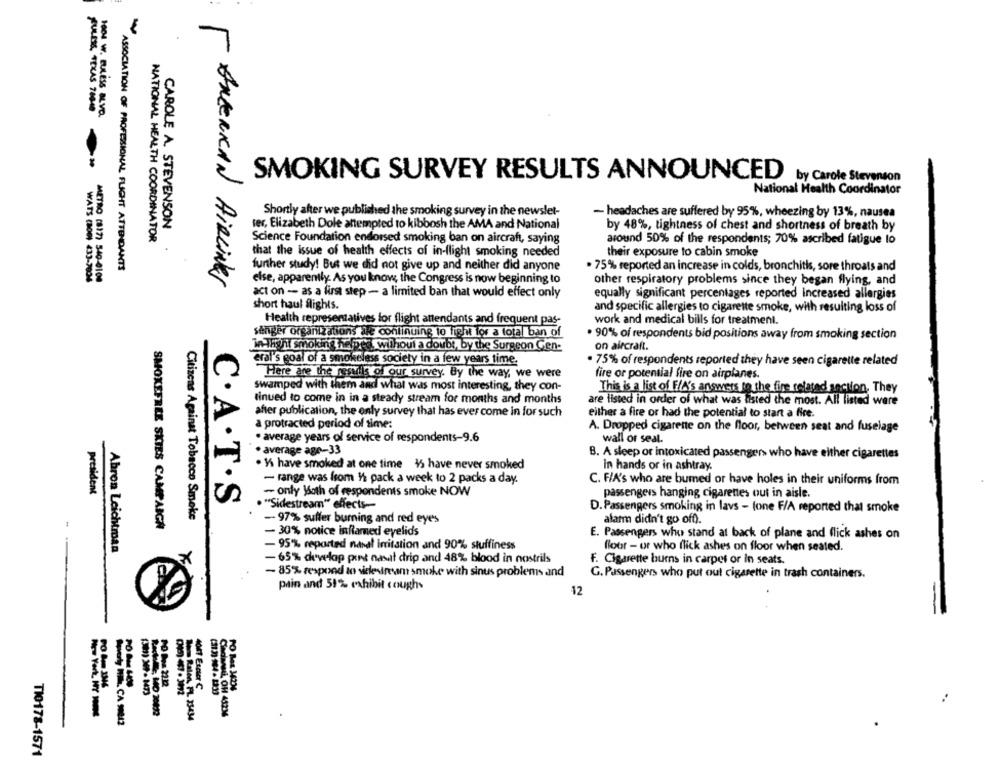
EULESS, TEXAS 789-48
1004 W. BULESS BLVD.
SMOKING SURVEY RESULTS ANNOUNCED
by Carole Stevenson
National Health Coordinator
Shortly after we published the smoking survey in the newslet-
- headaches are suffered by 95%, wheezing by 13%, nausea
CAROLE A. STEVENSON
ter, Elizabeth Dole attempted to kibbosh the AMA and National
by 48%, tightness of chest and shortness of breath by
NATIONAL HEALTH COORDINATOR
Science Foundation endorsed smoking ban on aircraft, saying
around 50% of the respondents; 70% ascribed fatigue to
that the issue of health effects of in-flight smoking needed
their exposure to cabin smoke
ASSOCIATION OF PROFESSIONAL FLIGHT ATTENDANTS
further study! But we did not give up and neither did anyone
. 75% reported an increase in colds, bronchitis, sore throats and
WATS (800) 433-7004
METRO (8)7) 540-0100
[ ANGERKAN AIRLINES
else, apparently. As you know, the Congress is now beginning to
other respiratory problems since they began flying, and
act on - as a first step - a limited ban that would effect only
equally significant percentages reported increased allergies
short haul flights.
and specific allergies to cigarette smoke, with resulting loss of
Health representatives for flight attendants and frequent pas-
work and medical bills for treatment.
sänger organizations ile continuing to fight for a total ban of
. 90% of respondents bid positions away from smoking section
on aircraft.
in-Monit smoking helped, without a doubt, by the Surgeon Gen-
eral's goal of a smokeless society in a few years time.
. 75% of respondents reported they have seen cigarette related
Here are the results of our survey. By the way, we were
fire or potential fire on airplanes.
swamped with them and what was most interesting, they con-
This is a list of F/A's answers to the fire related section, They
tinued to come in in a steady stream for months and months
are listed in order of what was tisted the most. All listed were
after publication, the only survey that has ever come in for such
either a fire or had the potential to start a fire.
a protracted period of time:
A. Dropped cigarette on the floor, between seat and fuselage
· average years of service of respondents-9.6
wall of seal.
· average age-33
B. A sleep or intoxicated passenger> who have either cigarettes
. I have smoked at one time 15 have never smoked
In hands or in ashtray.
- range was from 1 pack a week to 2 packs a day.
C. F/A's who are burned or have holes in their uniforms from
president
- only Both of respondents smoke NOW
passengers hanging cigarettes out in aisle.
C. A . T . S
. "Sidestream" effects-
D. Passengers smoking in lavs - fone F/A reported that smoke
Citizens Against Tobacco Smoke
-97% suffer burning and red eyes
alarm didn't go off).
SMOKEFREE SKIES CAMPAIGN
- 30% notice inflamed eyelids
E. Passengers who stand at back of plane and flick ashes on
- 95% reported nasal irritation and 90% stuffiness
Abron Leichtman
floor - or who flick ashes on floor when seated.
-65% develop pint nasal drip and 48% blood in nostrils
F. Cigarette burns in carpet or in seats.
- 85% respond to vieledream smoke with sinus problems and
G. Passengers who put out cigarette in trash containers.
pain and 51% exhibit coughs
12
4041 Exeter C
(313) 964- 1313
TI0178-1571